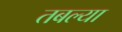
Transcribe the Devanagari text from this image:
तबल्या